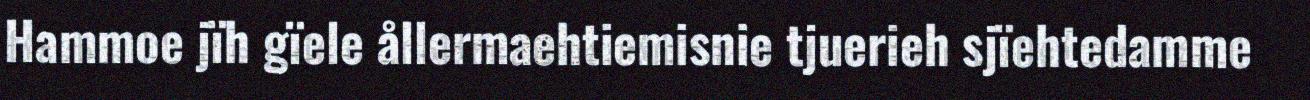
Hammoe jïh gïele ållermaehtiemisnie tjuerieh sjïehtedamme